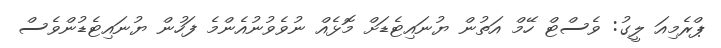
ޕްރެމިއަ ލީގު: ވެސްޓް ހޭމް އަތުން ޔުނައިޓެޑަށް މޮޅެއް ނުވެވުނުއެންމެ ފަހުން ޔުނައިޓެޑުންވެސް